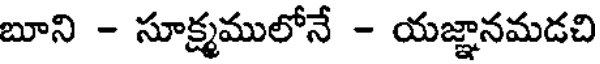
బూని - సూక్ష్మములోనే - యజ్ఞానమడచి